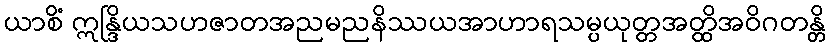
ယာစိံ ဣန္ဒြိယသဟဇာတအညမညနိဿယအာဟာရသမ္ပယုတ္တအတ္ထိအဝိဂတန္တိ